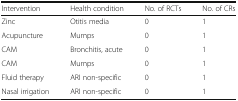
| Intervention | Health condition | No. of RCTs | No. of CRs |
 | --- | --- | --- | --- |
 | Zinc | Otitis media | 0 | 1 |
 | Acupuncture | Mumps | 0 | 1 |
 | CAM | Bronchitis, acute | 0 | 1 |
 | CAM | Mumps | 0 | 1 |
 | Fluid therapy | ARI non-specific | 0 | 1 |
 | Nasal irrigation | ARI non-specific | 0 | 1 |